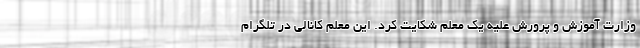
وزارت آموزش و پرورش علیه یک معلم شکایت کرد. این معلم کانالی در تلگرام